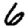
Digit: 6